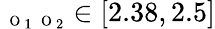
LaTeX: _{\mathrm{~\scriptsize~O~}_{1}\mathrm{~\scriptsize~O~}_{2}}\in[2.38,2.5]